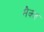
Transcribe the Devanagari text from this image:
सैक्ज